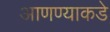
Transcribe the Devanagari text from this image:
आणण्याकडे